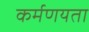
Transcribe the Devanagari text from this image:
कर्मणयता